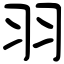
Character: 羽